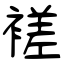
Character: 褨